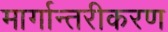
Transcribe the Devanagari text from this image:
मार्गान्तरीकरण